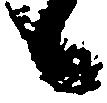
候